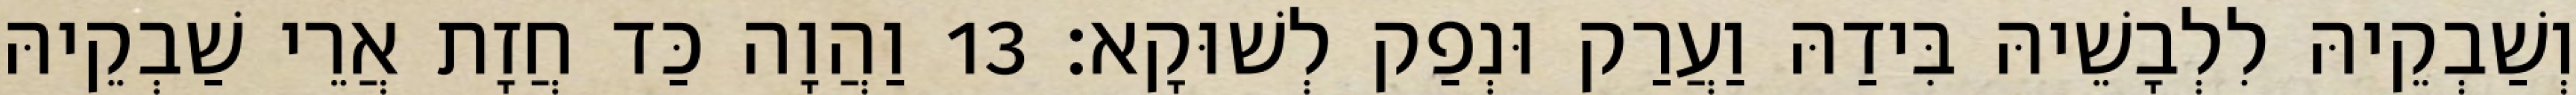
וְשַׁבְקֵיהּ לִלְבָשֵׁיהּ בִּידַהּ וַעֲרַק וּנְפַק לְשׁוּקָא׃ 13 וַהֲוָה כַּד חֲזָת אֲרֵי שַׁבְקֵיהּ